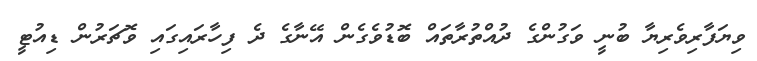
ވިޔަފާރިވެރިޔާ ބުނީ ވަގުންގެ ދުއްތުރާތައް ބޮޑުވެގެން އޭނާގެ ދެ ފިހާރައިގައި ވޮޗަރުން ޑިއުޓީ